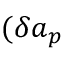
( \delta \boldsymbol { a } _ { p }